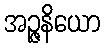
အဉ္ဇနိယော